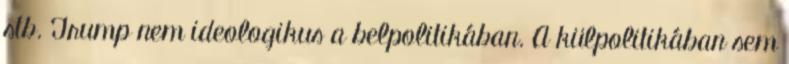
stb. Trump nem ideologikus a belpolitikában. A külpolitikában sem